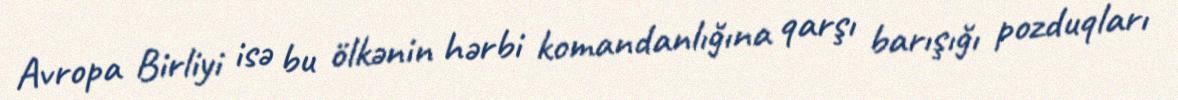
Avropa Birliyi isə bu ölkənin hərbi komandanlığına qarşı barışığı pozduqları